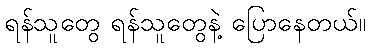
ရန်သူတွေ ရန်သူတွေနဲ့ ပြောနေတယ်။